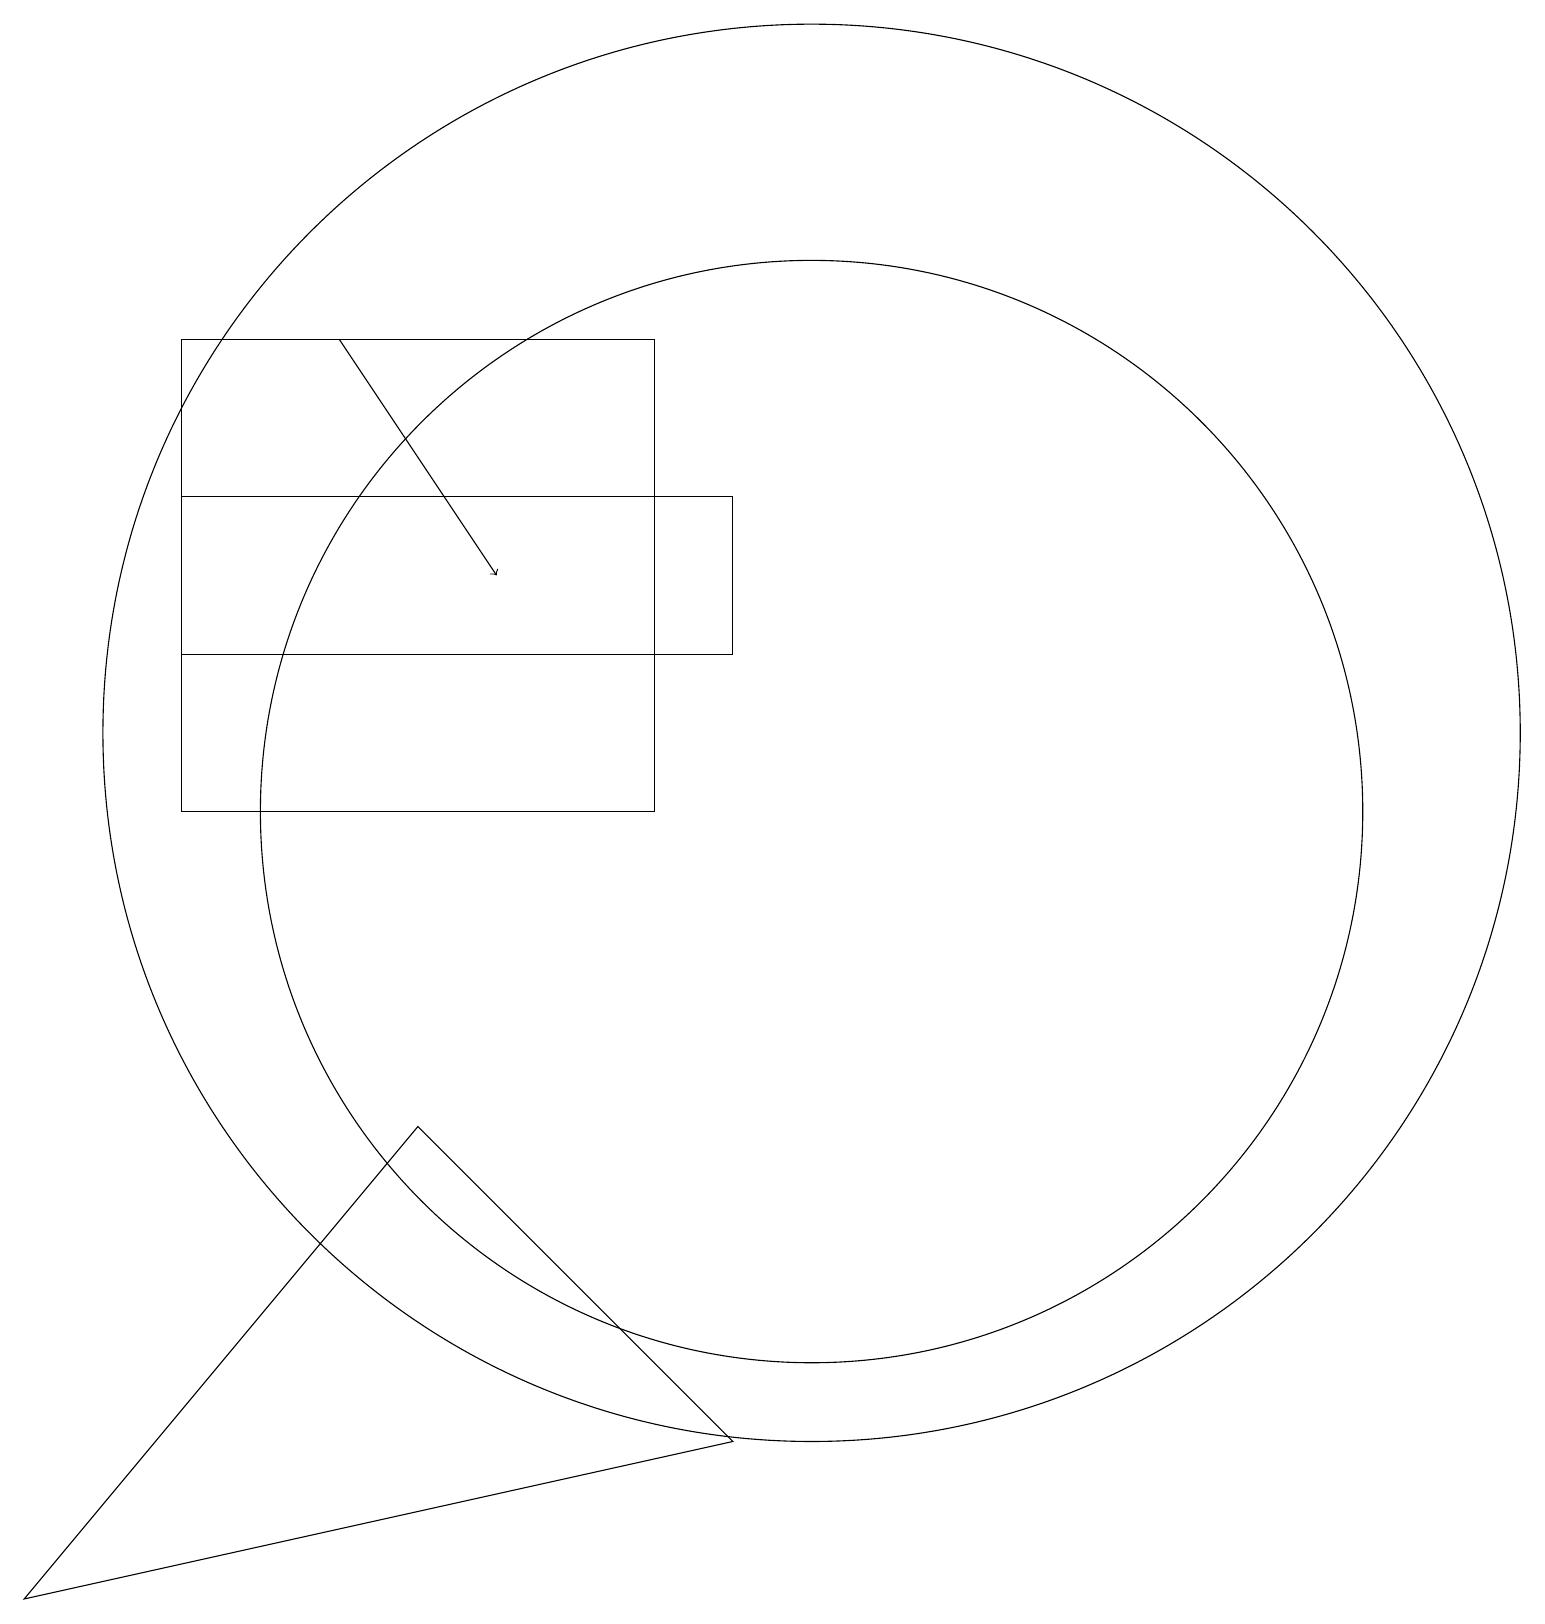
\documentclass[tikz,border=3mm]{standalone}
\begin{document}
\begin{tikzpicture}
\draw (2,13) rectangle (9,15);
\draw[->] (4,17) -- (6,14);
\draw (5,7) -- (9,3) -- (0,1) -- cycle;
\draw (10,11) circle (7);
\draw (10,12) circle (9);
\draw (8,17) rectangle (2,11);
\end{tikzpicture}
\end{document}